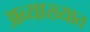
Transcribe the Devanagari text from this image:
अव्याख्यात